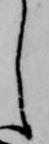
し